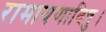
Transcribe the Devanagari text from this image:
रामायणादिषु।